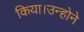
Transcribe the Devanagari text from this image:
किया।उन्होने